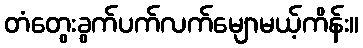
တံတွေးခွက်ပက်လက်မျောမယ့်ကိန်း။